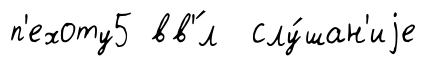
п'ехоту5 вв'́л слу́шан'иjе